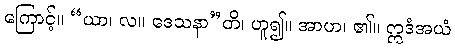
ကြောင့်။ “ယာ၊ လ။ ဒေသနာ”တိ၊ ဟူ၍။ အာဟ၊ ၏။ ဣဒံအယံ